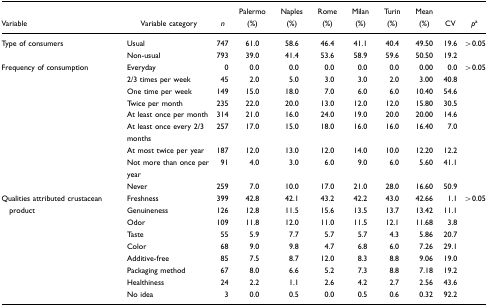
<table><thead><tr><td><b>Variable</b></td><td><b>Variable category</b></td><td><b><i>n</i></b></td><td><b>Palermo (%)</b></td><td><b>Naples (%)</b></td><td><b>Rome (%)</b></td><td><b>Milan (%)</b></td><td><b>Turin (%)</b></td><td><b>Mean (%)</b></td><td><b>CV</b></td><td><b><i>p</i>a</b></td></tr></thead><tbody><tr><td>Type of consumers</td><td>Usual</td><td>747</td><td>61.0</td><td>58.6</td><td>46.4</td><td>41.1</td><td>40.4</td><td>49.50</td><td>19.6</td><td>&gt;0.05</td></tr><tr><td></td><td>Non-usual</td><td>793</td><td>39.0</td><td>41.4</td><td>53.6</td><td>58.9</td><td>59.6</td><td>50.50</td><td>19.2</td><td></td></tr><tr><td>Frequency of consumption</td><td>Everyday</td><td>0</td><td>0.0</td><td>0.0</td><td>0.0</td><td>0.0</td><td>0.0</td><td>0.00</td><td>0.0</td><td>&gt;0.05</td></tr><tr><td></td><td>2/3 times per week</td><td>45</td><td>2.0</td><td>5.0</td><td>3.0</td><td>3.0</td><td>2.0</td><td>3.00</td><td>40.8</td><td></td></tr><tr><td></td><td>One time per week</td><td>149</td><td>15.0</td><td>18.0</td><td>7.0</td><td>6.0</td><td>6.0</td><td>10.40</td><td>54.6</td><td></td></tr><tr><td></td><td>Twice per month</td><td>235</td><td>22.0</td><td>20.0</td><td>13.0</td><td>12.0</td><td>12.0</td><td>15.80</td><td>30.5</td><td></td></tr><tr><td></td><td>At least once per month</td><td>314</td><td>21.0</td><td>16.0</td><td>24.0</td><td>19.0</td><td>20.0</td><td>20.00</td><td>14.6</td><td></td></tr><tr><td></td><td>At least once every 2/3 months</td><td>257</td><td>17.0</td><td>15.0</td><td>18.0</td><td>16.0</td><td>16.0</td><td>16.40</td><td>7.0</td><td></td></tr><tr><td></td><td>At most twice per year</td><td>187</td><td>12.0</td><td>13.0</td><td>12.0</td><td>14.0</td><td>10.0</td><td>12.20</td><td>12.2</td><td></td></tr><tr><td></td><td>Not more than once per year</td><td>91</td><td>4.0</td><td>3.0</td><td>6.0</td><td>9.0</td><td>6.0</td><td>5.60</td><td>41.1</td><td></td></tr><tr><td></td><td>Never</td><td>259</td><td>7.0</td><td>10.0</td><td>17.0</td><td>21.0</td><td>28.0</td><td>16.60</td><td>50.9</td><td></td></tr><tr><td>Qualities attributed crustacean</td><td>Freshness</td><td>399</td><td>42.8</td><td>42.1</td><td>43.2</td><td>42.2</td><td>43.0</td><td>42.66</td><td>1.1</td><td>&gt;0.05</td></tr><tr><td> product</td><td>Genuineness</td><td>126</td><td>12.8</td><td>11.5</td><td>15.6</td><td>13.5</td><td>13.7</td><td>13.42</td><td>11.1</td><td></td></tr><tr><td></td><td>Odor</td><td>109</td><td>11.8</td><td>12.0</td><td>11.0</td><td>11.5</td><td>12.1</td><td>11.68</td><td>3.8</td><td></td></tr><tr><td></td><td>Taste</td><td>55</td><td>5.9</td><td>7.7</td><td>5.7</td><td>5.7</td><td>4.3</td><td>5.86</td><td>20.7</td><td></td></tr><tr><td></td><td>Color</td><td>68</td><td>9.0</td><td>9.8</td><td>4.7</td><td>6.8</td><td>6.0</td><td>7.26</td><td>29.1</td><td></td></tr><tr><td></td><td>Additive-free</td><td>85</td><td>7.5</td><td>8.7</td><td>12.0</td><td>8.3</td><td>8.8</td><td>9.06</td><td>19.0</td><td></td></tr><tr><td></td><td>Packaging method</td><td>67</td><td>8.0</td><td>6.6</td><td>5.2</td><td>7.3</td><td>8.8</td><td>7.18</td><td>19.2</td><td></td></tr><tr><td></td><td>Healthiness</td><td>24</td><td>2.2</td><td>1.1</td><td>2.6</td><td>4.2</td><td>2.7</td><td>2.56</td><td>43.6</td><td></td></tr><tr><td></td><td>No idea</td><td>3</td><td>0.0</td><td>0.5</td><td>0.0</td><td>0.5</td><td>0.6</td><td>0.32</td><td>92.2</td><td></td></tr></tbody></table>